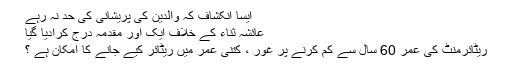
ایسا انکشاف کہ والدین کی پریشانی کی حد نہ رہے
عائشہ ثناء کے خلاف ایک اور مقدمہ درج کرادیا گیا
ریٹائرمنٹ کی عمر 60 سال سے کم کرنے پر غور ، کتنی عمر میں ریٹائر کیے جانے کا امکان ہے ؟